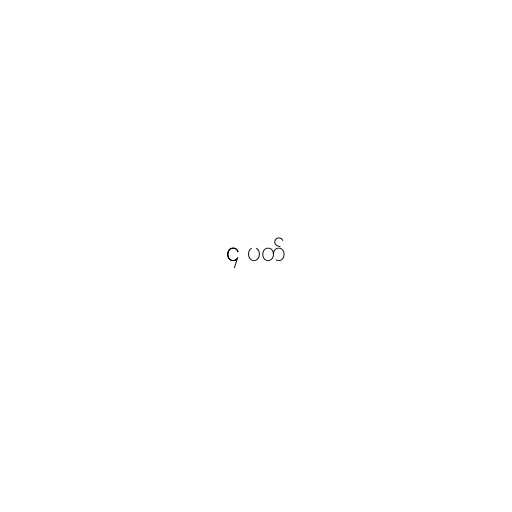
၄ ပတ်